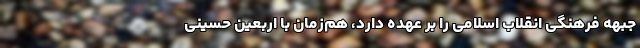
جبهه فرهنگی انقلاب اسلامی را بر عهده دارد، هم‌زمان با اربعین حسینی